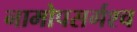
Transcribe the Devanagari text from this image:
नामोपसर्गश्च